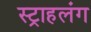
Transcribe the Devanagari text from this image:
स्‍ट्राहलंग